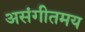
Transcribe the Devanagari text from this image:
असंगीतमय